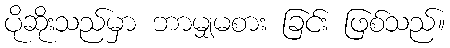
ပိုဆိုးသည်မှာ ဘာမျှမစား ခြင်း ဖြစ်သည်။